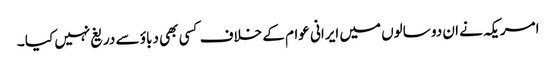
امریکہ نے ان دو سالوں میں ایرانی عوام کے خلاف کسی بھی دباؤ سے دریغ نہیں کیا ۔